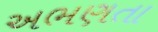
અભણતા